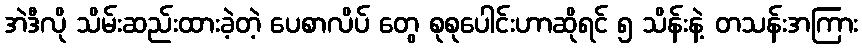
အဲဒီလို သိမ်းဆည်းထားခဲ့တဲ့ ပေစာလိပ် တွေ စုစုပေါင်းဟာဆိုရင် ၅ သိန်းနဲ့ တသန်းအကြား